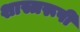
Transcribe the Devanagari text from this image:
शास्त्ररूपी